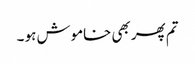
تم پھر بھی خاموش ہو ۔